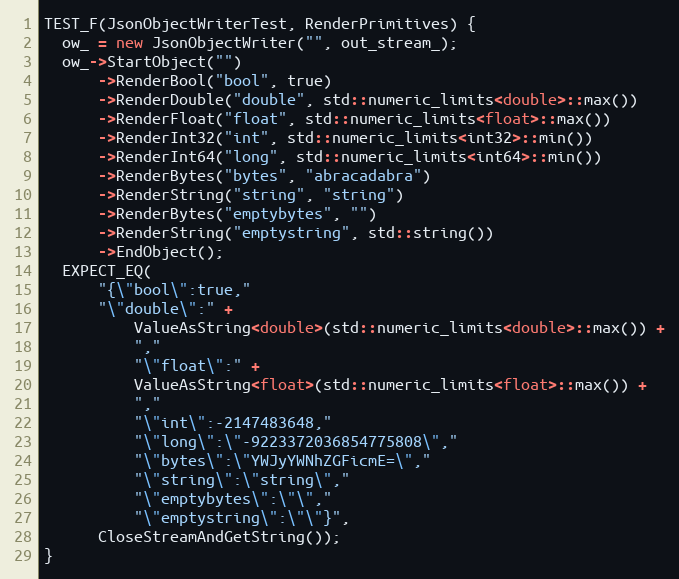
Language: C++
TEST_F(JsonObjectWriterTest, RenderPrimitives) {
  ow_ = new JsonObjectWriter("", out_stream_);
  ow_->StartObject("")
      ->RenderBool("bool", true)
      ->RenderDouble("double", std::numeric_limits<double>::max())
      ->RenderFloat("float", std::numeric_limits<float>::max())
      ->RenderInt32("int", std::numeric_limits<int32>::min())
      ->RenderInt64("long", std::numeric_limits<int64>::min())
      ->RenderBytes("bytes", "abracadabra")
      ->RenderString("string", "string")
      ->RenderBytes("emptybytes", "")
      ->RenderString("emptystring", std::string())
      ->EndObject();
  EXPECT_EQ(
      "{\"bool\":true,"
      "\"double\":" +
          ValueAsString<double>(std::numeric_limits<double>::max()) +
          ","
          "\"float\":" +
          ValueAsString<float>(std::numeric_limits<float>::max()) +
          ","
          "\"int\":-2147483648,"
          "\"long\":\"-9223372036854775808\","
          "\"bytes\":\"YWJyYWNhZGFicmE=\","
          "\"string\":\"string\","
          "\"emptybytes\":\"\","
          "\"emptystring\":\"\"}",
      CloseStreamAndGetString());
}